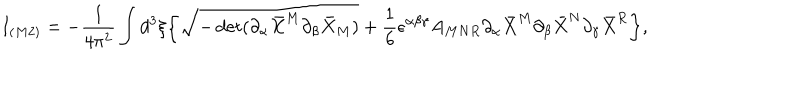
I _ { ( M 2 ) } = - { \frac { 1 } { 4 \pi ^ { 2 } } } \int d ^ { 3 } \xi \bigg \{ \sqrt { - \det ( \partial _ { \alpha } { \bar { X } } ^ { M } \partial _ { \beta } { \bar { X } } _ { M } ) } + { \frac { 1 } { 6 } } \epsilon ^ { \alpha \beta \gamma } A _ { M N R } \partial _ { \alpha } { \bar { X } } ^ { M } \partial _ { \beta } { \bar { X } } ^ { N } \partial _ { \gamma } { \bar { X } } ^ { R } \bigg \} ,